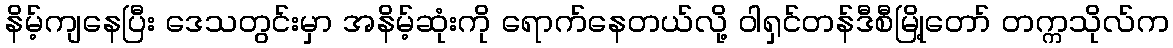
နိမ့်ကျနေပြီး ဒေသတွင်းမှာ အနိမ့်ဆုံးကို ရောက်နေတယ်လို့ ဝါရှင်တန်ဒီစီမြို့တော် တက္ကသိုလ်က